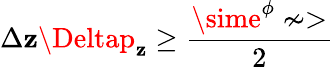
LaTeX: \Delta\mathbf{z}\Deltap_{\mathbf{z}}\geq\frac{{\sime^{\phi}\nsim>}}{{2}}